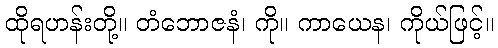
ထိုရဟန်းတို့။ တံဘောဇနံ၊ ကို။ ကာယေန၊ ကိုယ်ဖြင့်။